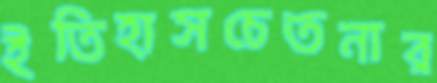
ইতিহাসচেতনার